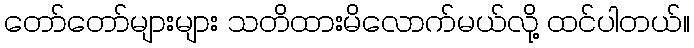
တော်တော်များများ သတိထားမိလောက်မယ်လို့ ထင်ပါတယ်။